Annual administration report of the Civil Veterinary Department of India - 1895-1896
Year: 1895
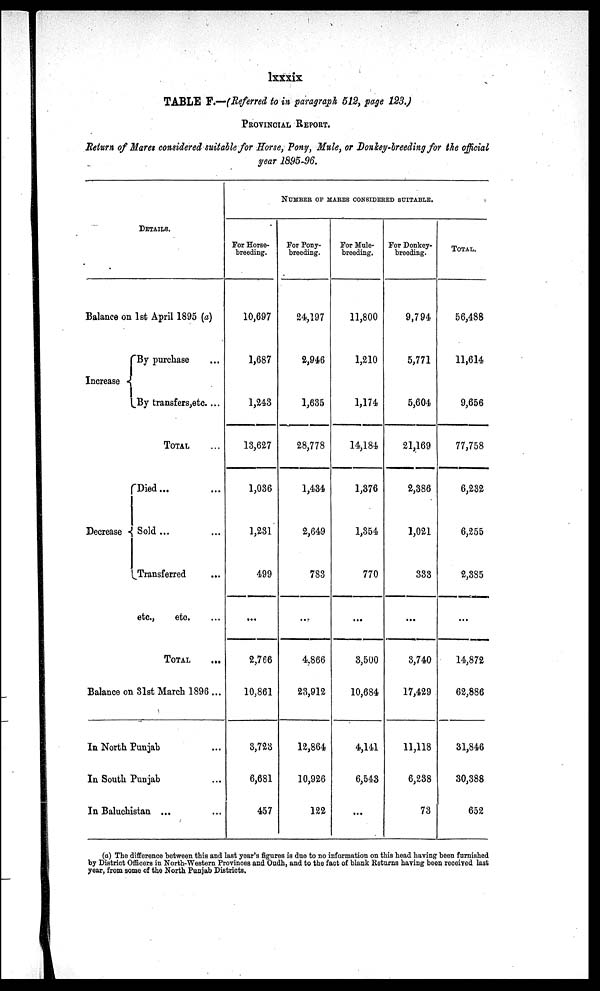
lxxxix
TABLE F.—(Referred to in paragraph 512, page 123.)
PROVINCIAL REPORT.
Return of Mares considered suitable for Horse, Pony, Mule, or Donkey-breeding for the official
year 1895-96.
DETAILS.
Balance on 1st April 1895 (a)
Increase
Decrease
By purchase ...
By transfers,etc. ...
TOTAL...
Died... ...
Sold...
Transferred ...
etc., etc. ...
TOTAL ...
Balance on 31st March 1896 ...
In North Punjab ...
In South Punjab ...
In Baluchistan ... ...
NUMBER OF MARES CONSIDERED SUITABLE.
For Horse-
breeding.
10,697
1,687
1,243
13,627
1,036
1,231
499
...
2,766
10,861
3,723
6,681
457
For Pony-
breeding.
24,197
2,946
1,635
28,778
1,434
2,649
783
...
4,866
23,912
12,864
10,926
122
For Mule-
breeding.
11,800
1,210
1,174
14,184
1,376
1,354
770
...
3,500
10,684
4,141
6,543
...
For Donkey-
breeding.
9,794
5,771
5,604
21,169
2,386
1,021
333
...
3,740
17,429
11,118
6,238
73
TOTAL.
56,488
11,614
9,656
77,758
6,232
6,255
2,385
...
14,872
62,886
31,846
30,388
652
(a) The difference between this and last year's figures is due to no information on this head having been furnished
by District Officers in North-Western Provinces and Oudh, and to the fact of blank Returns having been received last
year, from some of the North Punjab Districts.